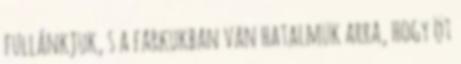
fullánkjuk, s a farkukban van hatalmuk arra, hogy öt